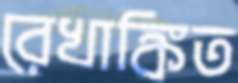
রেখাঙ্কিত